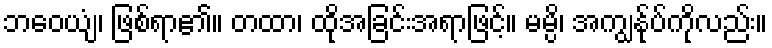
ဘဝေယျံ၊ ဖြစ်ရာ၏။ တထာ၊ ထိုအခြင်းအရာဖြင့်။ မမ္ပိ၊ အကျွန်ုပ်ကိုလည်း။